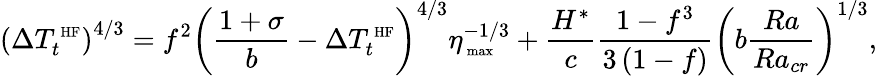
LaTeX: \left(\Delta T_{t}^{\mathrm{\scriptsize~HF}}\right)^{4/3}=f^{2}\left(\frac{1+\sigma}{b}-\Delta T_{t}^{\mathrm{\scriptsize~HF}}\right)^{4/3}\eta_{\mathrm{\scriptsize~max}}^{-1/3}+\frac{H^{*}}{c}\frac{1-f^{3}}{3\left(1-f\right)}\left(b\frac{Ra}{Ra_{cr}}\right)^{1/3},